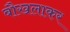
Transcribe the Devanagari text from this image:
बौखलाकर